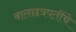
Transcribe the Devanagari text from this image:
बालछत्रपतींचे